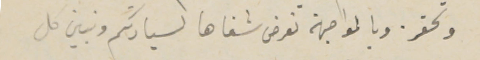
وتحفز وبالمواجهة نعرض شفاها لسيادتكم ونبين كل